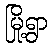
မြို့ရွာ